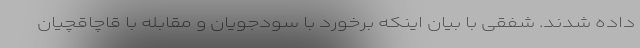
داده شدند. شفقی با بیان اینکه برخورد با سودجویان و مقابله با قاچاقچیان